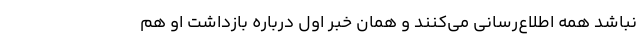
نباشد همه اطلاع‌رسانی می‌کنند و همان خبر اول درباره بازداشت او هم